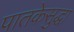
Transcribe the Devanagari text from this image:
पातकेसुद्धा